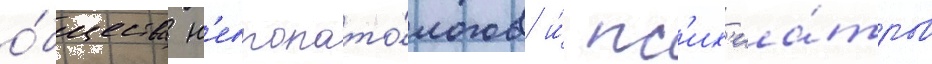
о́бщества н'европато́логов и́ пс'их'иа́тров